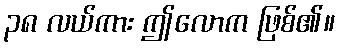
၃၈ လယ်ကား ဤလောက ဖြစ်၏။